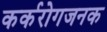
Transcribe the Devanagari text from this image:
कर्करोगजनक